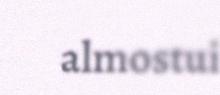
almostui